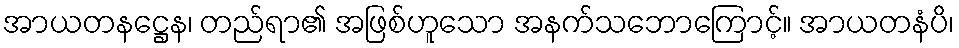
အာယတနဋ္ဌေန၊ တည်ရာ၏ အဖြစ်ဟူသော အနက်သဘောကြောင့်။ အာယတနံပိ၊